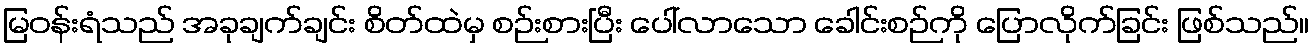
မြဝန်းရံသည် အခုချက်ချင်း စိတ်ထဲမှ စဉ်းစားပြီး ပေါ်လာသော ခေါင်းစဉ်ကို ပြောလိုက်ခြင်း ဖြစ်သည်။